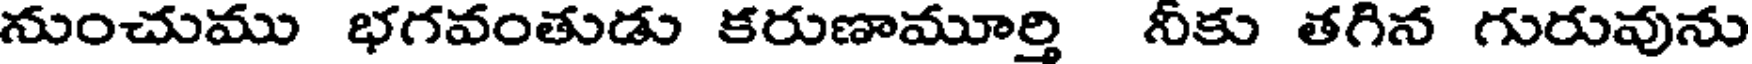
నుంచుము భగవంతుడు కరుణామూర్తి నీకు తగిన గురువును